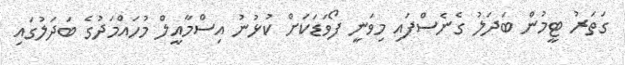
ގަތަރު ޓީމުން ބަދަލު ގެނެސްފައި މިވަނީ ފޯވަޑަކަށް ކުޅުނު އިސްމާއީލް މުހައްމަދުގެ ބަދަލުގައި